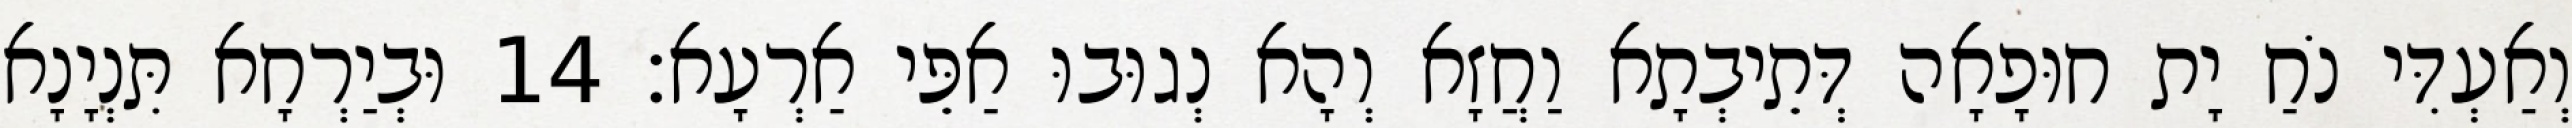
וְאַעְדִּי נֹחַ יָת חוּפָאָה דְּתֵיבְתָא וַחֲזָא וְהָא נְגוּבוּ אַפֵּי אַרְעָא׃ 14 וּבְיַרְחָא תִּנְיָנָא